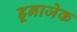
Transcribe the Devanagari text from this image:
डूनाजेक